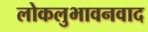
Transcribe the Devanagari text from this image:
लोकलुभावनवाद